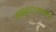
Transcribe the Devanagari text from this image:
असकृदभ्यासात्‌